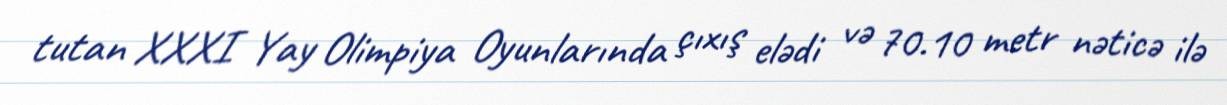
tutan XXXI Yay Olimpiya Oyunlarında çıxış elədi və 70.10 metr nəticə ilə